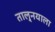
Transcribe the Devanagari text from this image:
तालु्नयाला